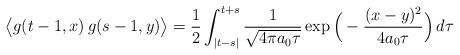
LaTeX: \begin{align*}\big\langle g(t -1,x) \, g(s-1,y) \big\rangle = \frac12 \int_{|t-s|}^{t+s} \frac{1}{\sqrt{ 4 \pi a_0 \tau }} \exp \Big(- \frac{(x-y)^2}{4 a_0 \tau} \Big) \, d \tau \,\end{align*}